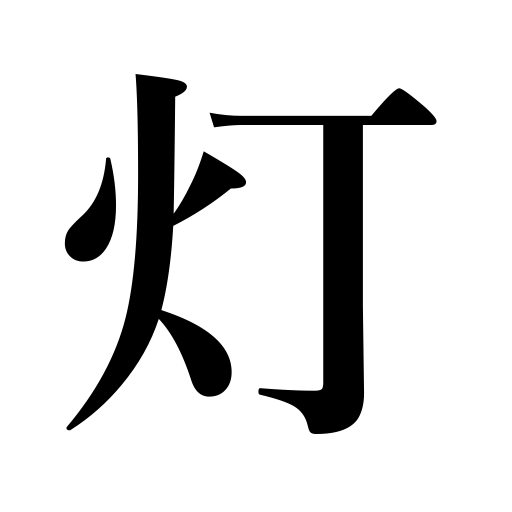
Meanings: light,counter for lights,lamp,a light